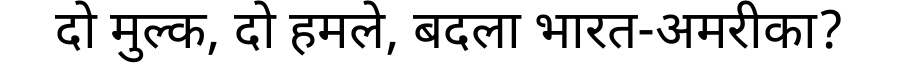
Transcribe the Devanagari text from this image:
दो मुल्क, दो हमले, बदला भारत-अमरीका?